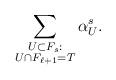
LaTeX: \begin{align*}\sum_{\substack{U \subset F_s: \\ U \cap F_{\ell+1} = T}} \alpha^s_U.\end{align*}